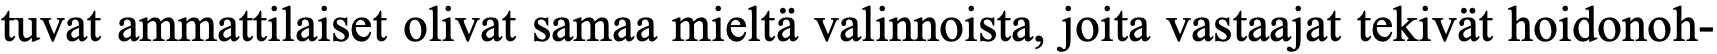
tuvat ammattilaiset olivat samaa mieltä valinnoista, joita vastaajat tekivät hoidonoh-